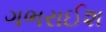
ગભરાઈશ